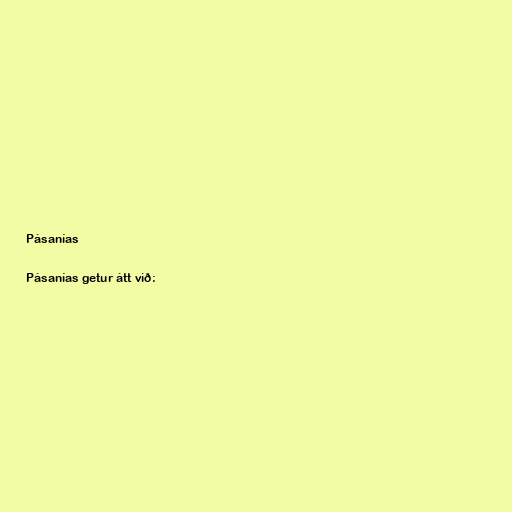
Pásanías

Pásanías getur átt við: